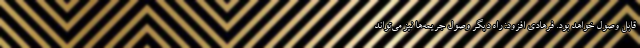
قابل وصول خواهد بود. فرهادی افزود: راه دیگر وصول جریمه‌ها نیز می‌تواند